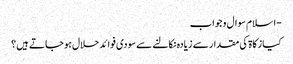
- اسلام سوال و جواب
کیا زکاۃ کی مقدار سے زیادہ نکالنے سے سودی فوائد حلال ہو جاتے ہیں ؟